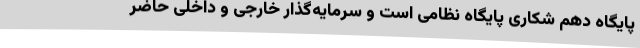
پایگاه دهم شکاری پایگاه نظامی است و سرمایه‌گذار خارجی و داخلی حاضر